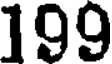
199